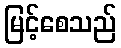
မြင့်စေသည်